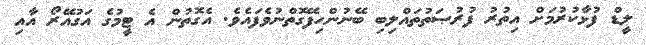
ލީޑް ފުޅާކުރުމަށް އިތުރު ފުރުޞަތުތައްލިބި ބޭނުންހިފޭގޮތްނުވެފައެވެ. އެގޮތުން އެ ޓީމުގެ އަގުއޭރޯ އާއި